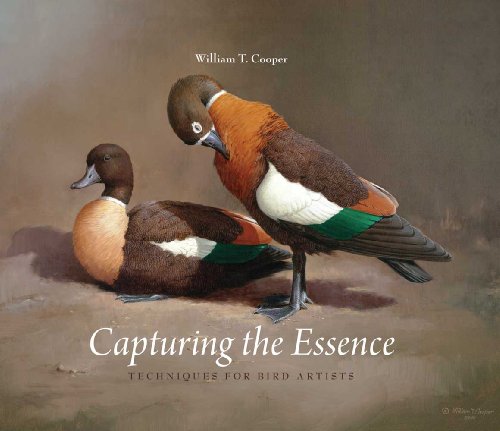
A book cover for Capturing the Essence: Techniques for Bird Artists; William T Cooper; Arts & Photography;